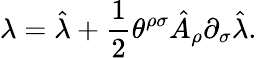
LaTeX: \lambda=\hat{\lambda}+\frac{1}{2}\theta^{\rho\sigma}\hat{A}_{\rho}\partial_{\sigma}\hat{\lambda}.